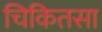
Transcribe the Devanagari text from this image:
चिकितसा